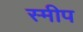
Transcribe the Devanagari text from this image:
स्मीप